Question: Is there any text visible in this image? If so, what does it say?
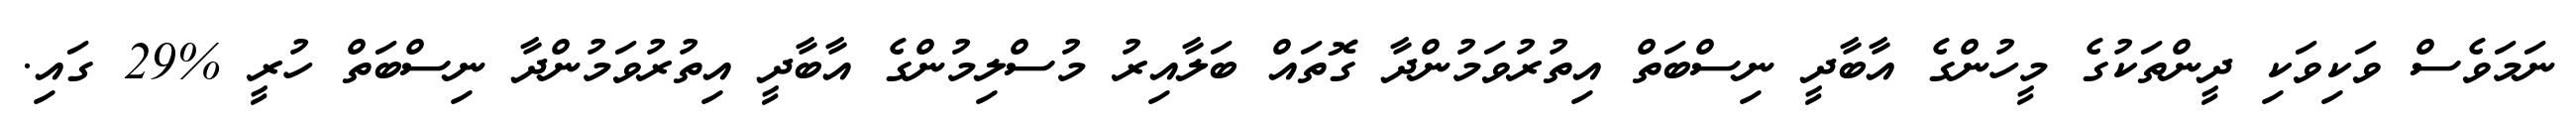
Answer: ނަމަވެސް ވަކިވަކި ދީންތަކުގެ މީހުންގެ އާބާދީ ނިސްބަތް އިތުރުވަމުންދާ ގޮތައް ބަލާއިރު މުސްލިމުންގެ އާބާދީ އިތުރުވަމުންދާ ނިސްބަތް ހުރީ %29 ގައި.